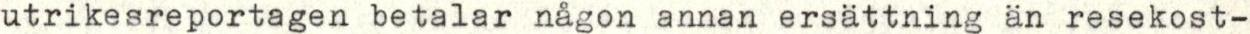
utrikesreportagen betalar någon annan ersättning än resekost-